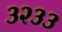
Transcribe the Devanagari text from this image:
३२३३